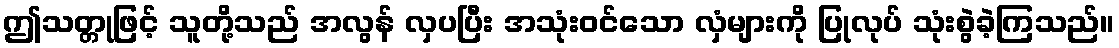
ဤသတ္တုဖြင့် သူတို့သည် အလွန် လှပပြီး အသုံးဝင်သော လှံများကို ပြုလုပ် သုံးစွဲခဲ့ကြသည်။